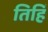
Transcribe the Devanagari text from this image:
तिहिं